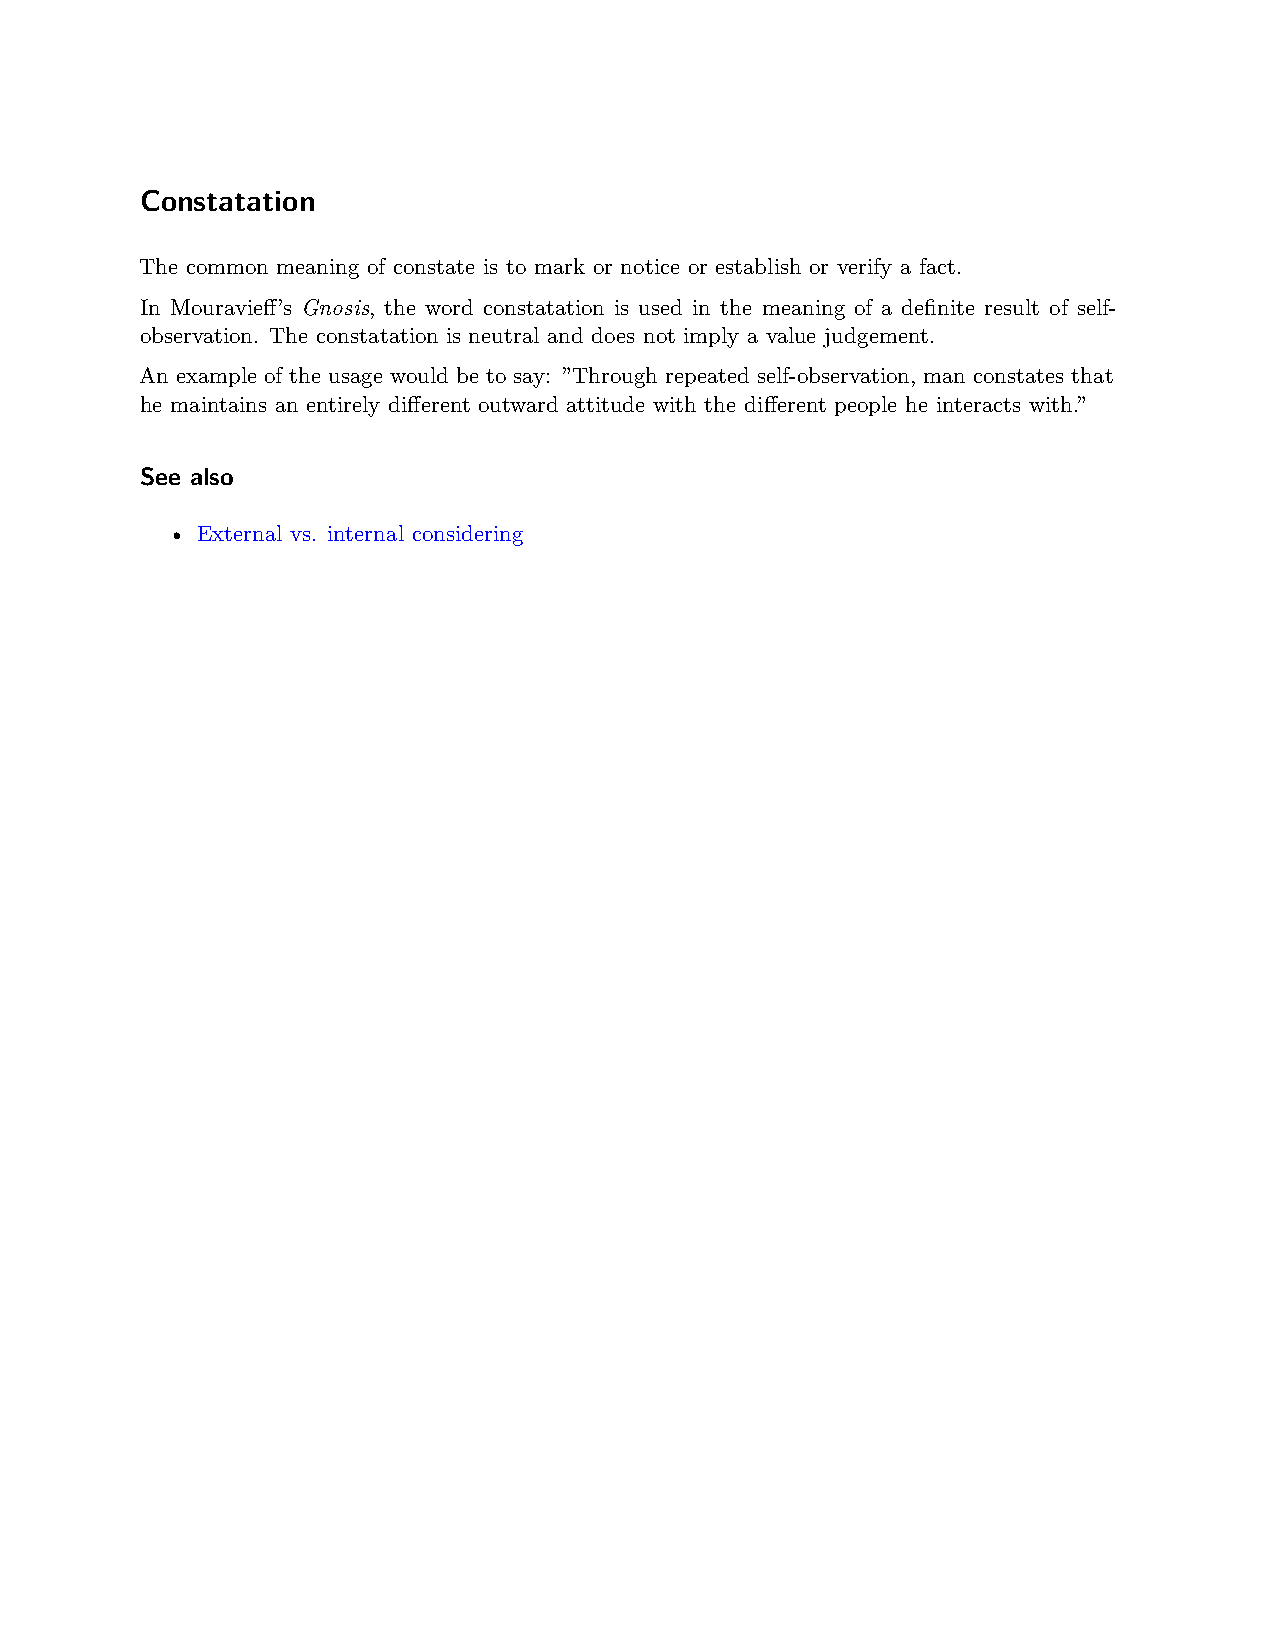
Constatation
 The common meaning of constate is to mark or notice or establish or verify a fact.
 In Mouravieff’s Gnosis, the word constatation is used in the meaning of a definite result of self-
 observation. The constatation is neutral and does not imply a value judgement.
 An example of the usage would be to say: ”Through repeated self-observation, man constates that
 he maintains an entirely different outward attitude with the different people he interacts with.”
 See also
 • External vs. internal considering